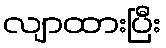
လျာထားပြီး